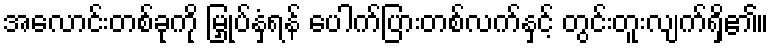
အလောင်းတစ်ခုကို မြှုပ်နှံရန် ပေါက်ပြားတစ်လက်နှင့် တွင်းတူးလျက်ရှိ၏။